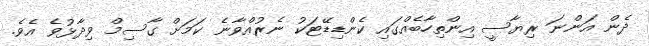
ދެން އަންނަ ރިޔާސީ އިންތިހާބެއްގައި ކެންޑިޑޭޓަކު ނެރުއްވާނެ ކަމަށް ގާސިމް ވިދާޅުވެ އެވެ.